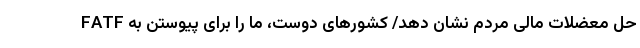
حل معضلات مالی مردم نشان دهد/ کشورهای دوست، ما را برای پیوستن به FATF